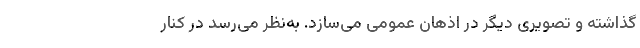
گذاشته و تصویری دیگر در اذهان عمومی می‌سازد. به‌نظر می‌رسد در کنار